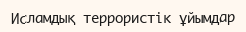
Исламдық террористік ұйымдар